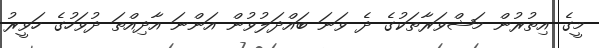
މީގެ އިތުރުން މަޝްވަރާތަކުގެ ދެ ވަނަ ބައްދަލުވުން އަންނަ އާދިއްތަ ދުވަހުގެ ހަވީރު